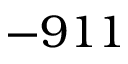
- 9 1 1